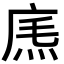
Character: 𢉐